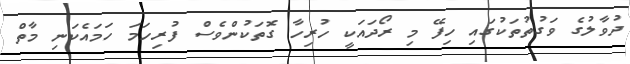
ދުވާލުގެ ވަގުތުތަކުގައި ހިފޭ މި ރޯދައަކީ ހުރިހާ ގޮތަކުންވެސް ފުރިހަމަ ހަމައެކަނި މާތް